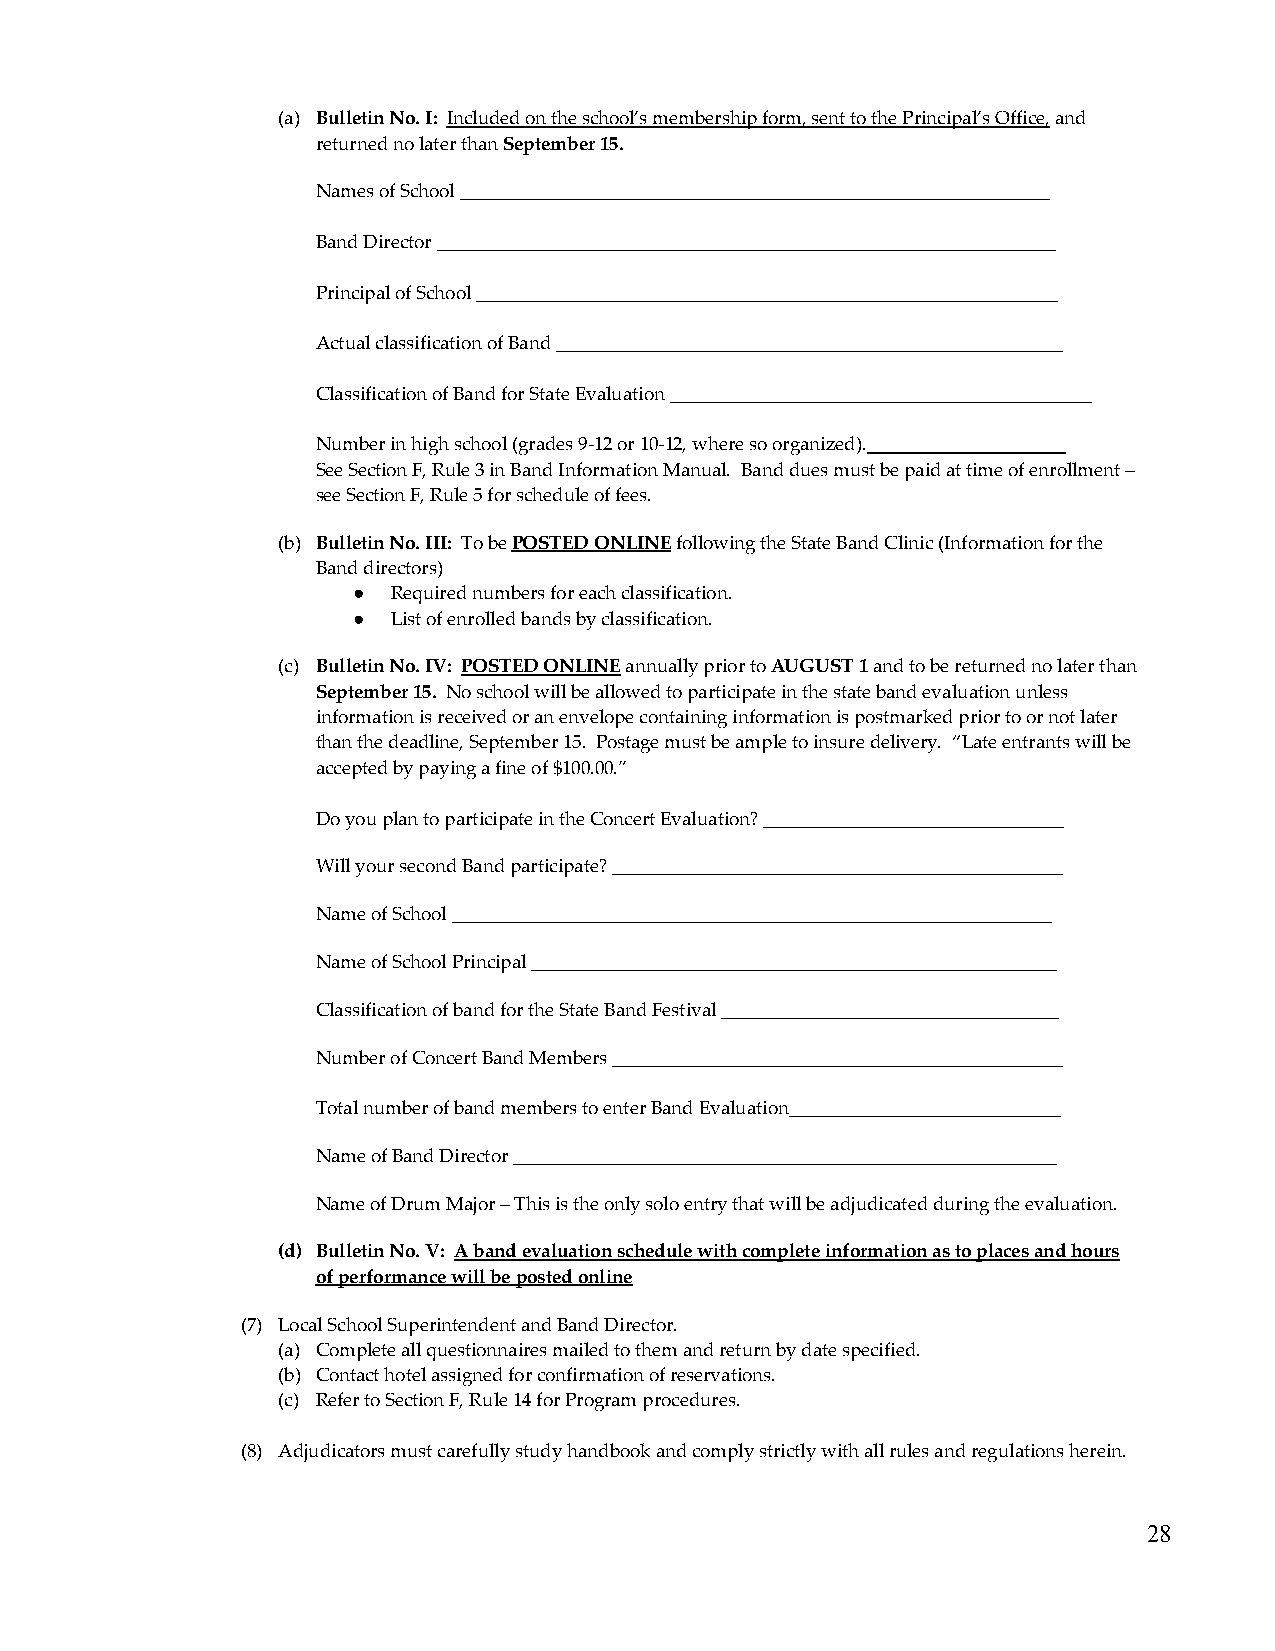
(a) Bulletin No. I: Included on the school’s membership form, sent to the Principal’s Office, and
 returned no later than September 15.
 Names of School _______________________________________________________________
 Band Director __________________________________________________________________
 Principal of School ______________________________________________________________
 Actual classification of Band ______________________________________________________
 Classification of Band for State Evaluation _____________________________________________
 Number in high school (grades 9-12 or 10-12, where so organized).
 See Section F, Rule 3 in Band Information Manual. Band dues must be paid at time of enrollment –
 see Section F, Rule 5 for schedule of fees.
 (b) Bulletin No. III: To be POSTED ONLINE following the State Band Clinic (Information for the
 Band directors)
 ●  Required numbers for each classification.
 ●  List of enrolled bands by classification.
 (c) Bulletin No. IV: POSTED ONLINE annually prior to AUGUST 1 and to be returned no later than
 September 15. No school will be allowed to participate in the state band evaluation unless
 information is received or an envelope containing information is postmarked prior to or not later
 than the deadline, September 15. Postage must be ample to insure delivery. “Late entrants will be
 accepted by paying a fine of $100.00.”
 Do you plan to participate in the Concert Evaluation? ________________________________
 Will your second Band participate? ________________________________________________
 Name of School ________________________________________________________________
 Name of School Principal ________________________________________________________
 Classification of band for the State Band Festival ____________________________________
 Number of Concert Band Members ________________________________________________
 Total number of band members to enter Band Evaluation_____________________________
 Name of Band Director __________________________________________________________
 Name of Drum Major – This is the only solo entry that will be adjudicated during the evaluation.
 (d) Bulletin No. V: A band evaluation schedule with complete information as to places and hours
 of performance will be posted online
 (7) Local School Superintendent and Band Director.
 (a) Complete all questionnaires mailed to them and return by date specified.
 (b) Contact hotel assigned for confirmation of reservations.
 (c) Refer to Section F, Rule 14 for Program procedures.
 (8) Adjudicators must carefully study handbook and comply strictly with all rules and regulations herein.
 28